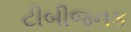
ટીબીજનક